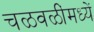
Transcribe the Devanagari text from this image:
चळवळींमध्यें